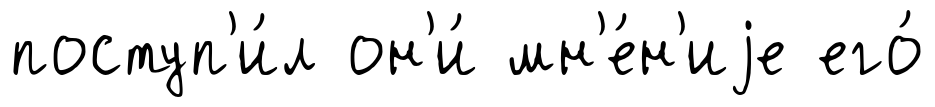
поступ'и́л он'и́ мн'е́н'иjе его́